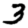
Digit: 3